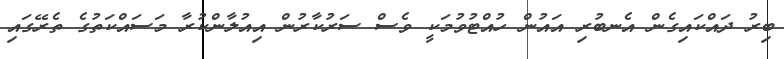
ބިރު ދައްކައިގެން އެނބުރި އައުން ހުއްޓުވުމަކީ ވެސް ސަރުކާރުން އިއުލާންކުރާ މަސައްކަތުގެ ތެރޭގައި